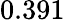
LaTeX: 0.391